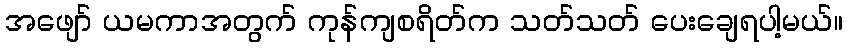
အဖျော် ယမကာအတွက် ကုန်ကျစရိတ်က သတ်သတ် ပေးချေရပါ့မယ်။